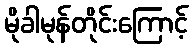
မိုခါမုန်တိုင်းကြောင့်